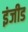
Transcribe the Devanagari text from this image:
इंजीड